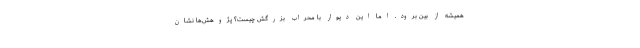
همیشه از بین برود. اما این دیوار با محراب بزرگش چیست؟ پژوهش‌ها نشان